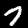
Digit: 7